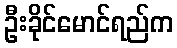
ဦးခိုင်မောင်ရည်က